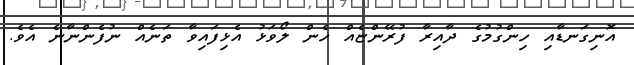
އޮނިގަނޑާއި ހިންގުމުގެ ދާއިރާ ފުރޭންޏެއް ހެން ލޯވަޅު އެޅިފައިވާ ތަނެއް ނުފެންނާނެ އެވެ.